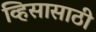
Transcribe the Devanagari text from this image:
व्हिसासाठी